Civil Veterinary Department. United Provinces 1923-31 - 1923-1931
Year: 1923
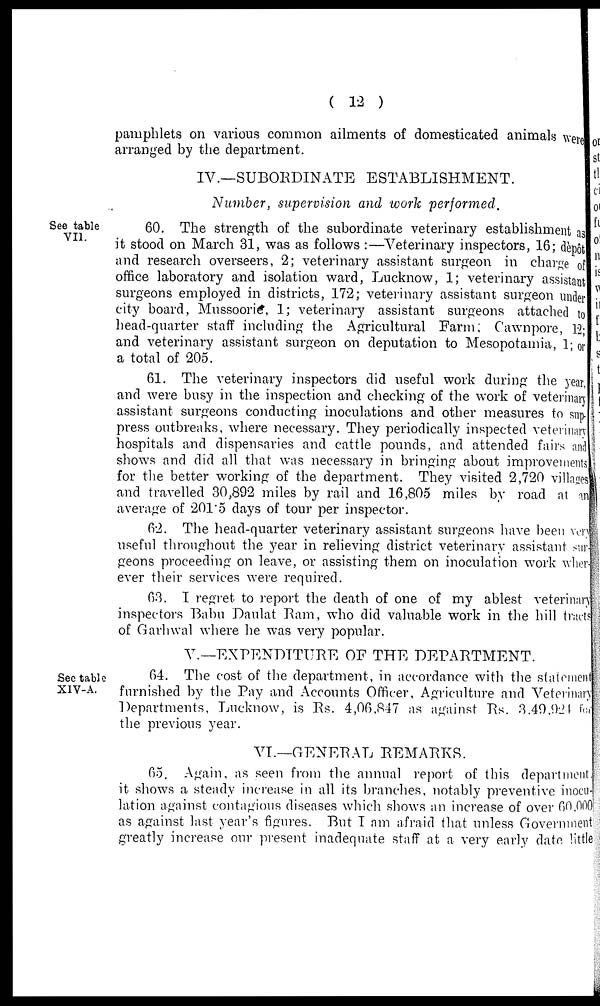
(12)
pamphlets on various common ailments of domesticated animals were
arranged by the department.
IV.—SUBORDINATE ESTABLISHMENT.
Number, supervision and work performed.
See table
VII.
60. The strength of the subordinate veterinary establishment as
it stood on March 31, was as follows :—Veterinary inspectors, 16; dèpôt
and research overseers, 2; veterinary assistant surgeon in charge of
office laboratory and isolation ward, Lucknow, 1; veterinary assistant
surgeons employed in districts, 172; veterinary assistant surgeon under
city board, Mussoorie, 1; veterinary assistant surgeons attached to
head-quarter staff including the Agricultural Farm; Cawnpore, 12;
and veterinary assistant surgeon on deputation to Mesopotamia, 1; or
a total of 205.
61. The veterinary inspectors did useful work during the year,
and were busy in the inspection and checking of the work of veterinary
assistant surgeons conducting inoculations and other measures to sup-
press outbreaks, where necessary. They periodically inspected veterinary
hospitals and dispensaries and cattle pounds, and attended fairs and
shows and did all that was necessary in bringing about improvements
for the better working of the department. They visited 2,720 villages
and travelled 30,892 miles by rail and 16,805 miles by road at an
average of 201.5 days of tour per inspector.
62. The head-quarter veterinary assistant surgeons have been von
useful throughout the year in relieving district veterinary assistant sur-
geons proceeding on leave, or assisting them on inoculation work wher-
ever their services were required.
63. I regret to report the death of one of my ablest veterinary
inspectors Babu Daulat Ram, who did valuable work in the hill tracts
of Garhwal where he was very popular.
V.—EXPENDITURE OF THE DEPARTMENT.
See table
XIV-A.
64. The cost of the department, in accordance with the statement
furnished by the Pay and Accounts Officer, Agriculture and Veterinary
Departments, Lucknow, is Rs. 4,06,847 as against Rs. 3,49,924 for
the previous year.
VI.—GENERAL REMARKS.
65. Again, as seen from the annual report of this department
it shows a steady increase in all its branches, notably preventive inocu-
lation against contagious diseases which shows an increase of over 60,000
as against last year's figures. But I am afraid that unless Government
greatly increase our present inadequate staff at a very early date little